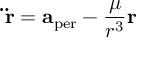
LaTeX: \mathbf { \ddot { r } } = \mathbf { a } _ { \mathrm { p e r } } - { \frac { \mu } { r ^ { 3 } } } \mathbf { r }